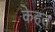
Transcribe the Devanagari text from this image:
केह्त